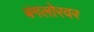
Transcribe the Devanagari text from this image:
बंगलोरवर